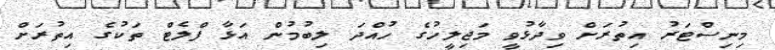
މިނިސްޓަރު އިތުރަށް ވިދާޅުވީ މަޖިލީހުގެ ހުއްދަ ލިބުމުން އަޅާ ފްލެޓް ތަކުގެ އިތުރަށް